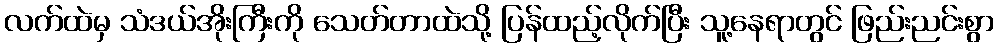
လက်ထဲမှ သံဒယ်အိုးကြီးကို သေတ်တာထဲသို့ ပြန်ထည့်လိုက်ပြီး သူ့နေရာတွင် ဖြည်းညင်းစွာ